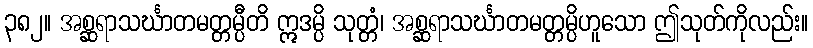
၃၈၂။ အစ္ဆရာသင်္ဃာတမတ္တမ္ပီတိ ဣဒမ္ပိ သုတ္တံ၊ အစ္ဆရာသင်္ဃာတမတ္တမ္ပိဟူသော ဤသုတ်ကိုလည်း။